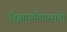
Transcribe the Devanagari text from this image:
डिझायनिंगसाठी